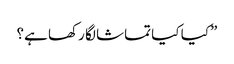
”کیا کیا تماشا لگا رکھا ہے؟